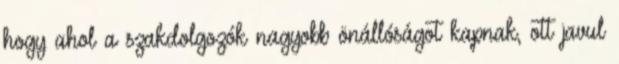
hogy ahol a szakdolgozók nagyobb önállóságot kapnak, ott javul